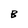
Character: B